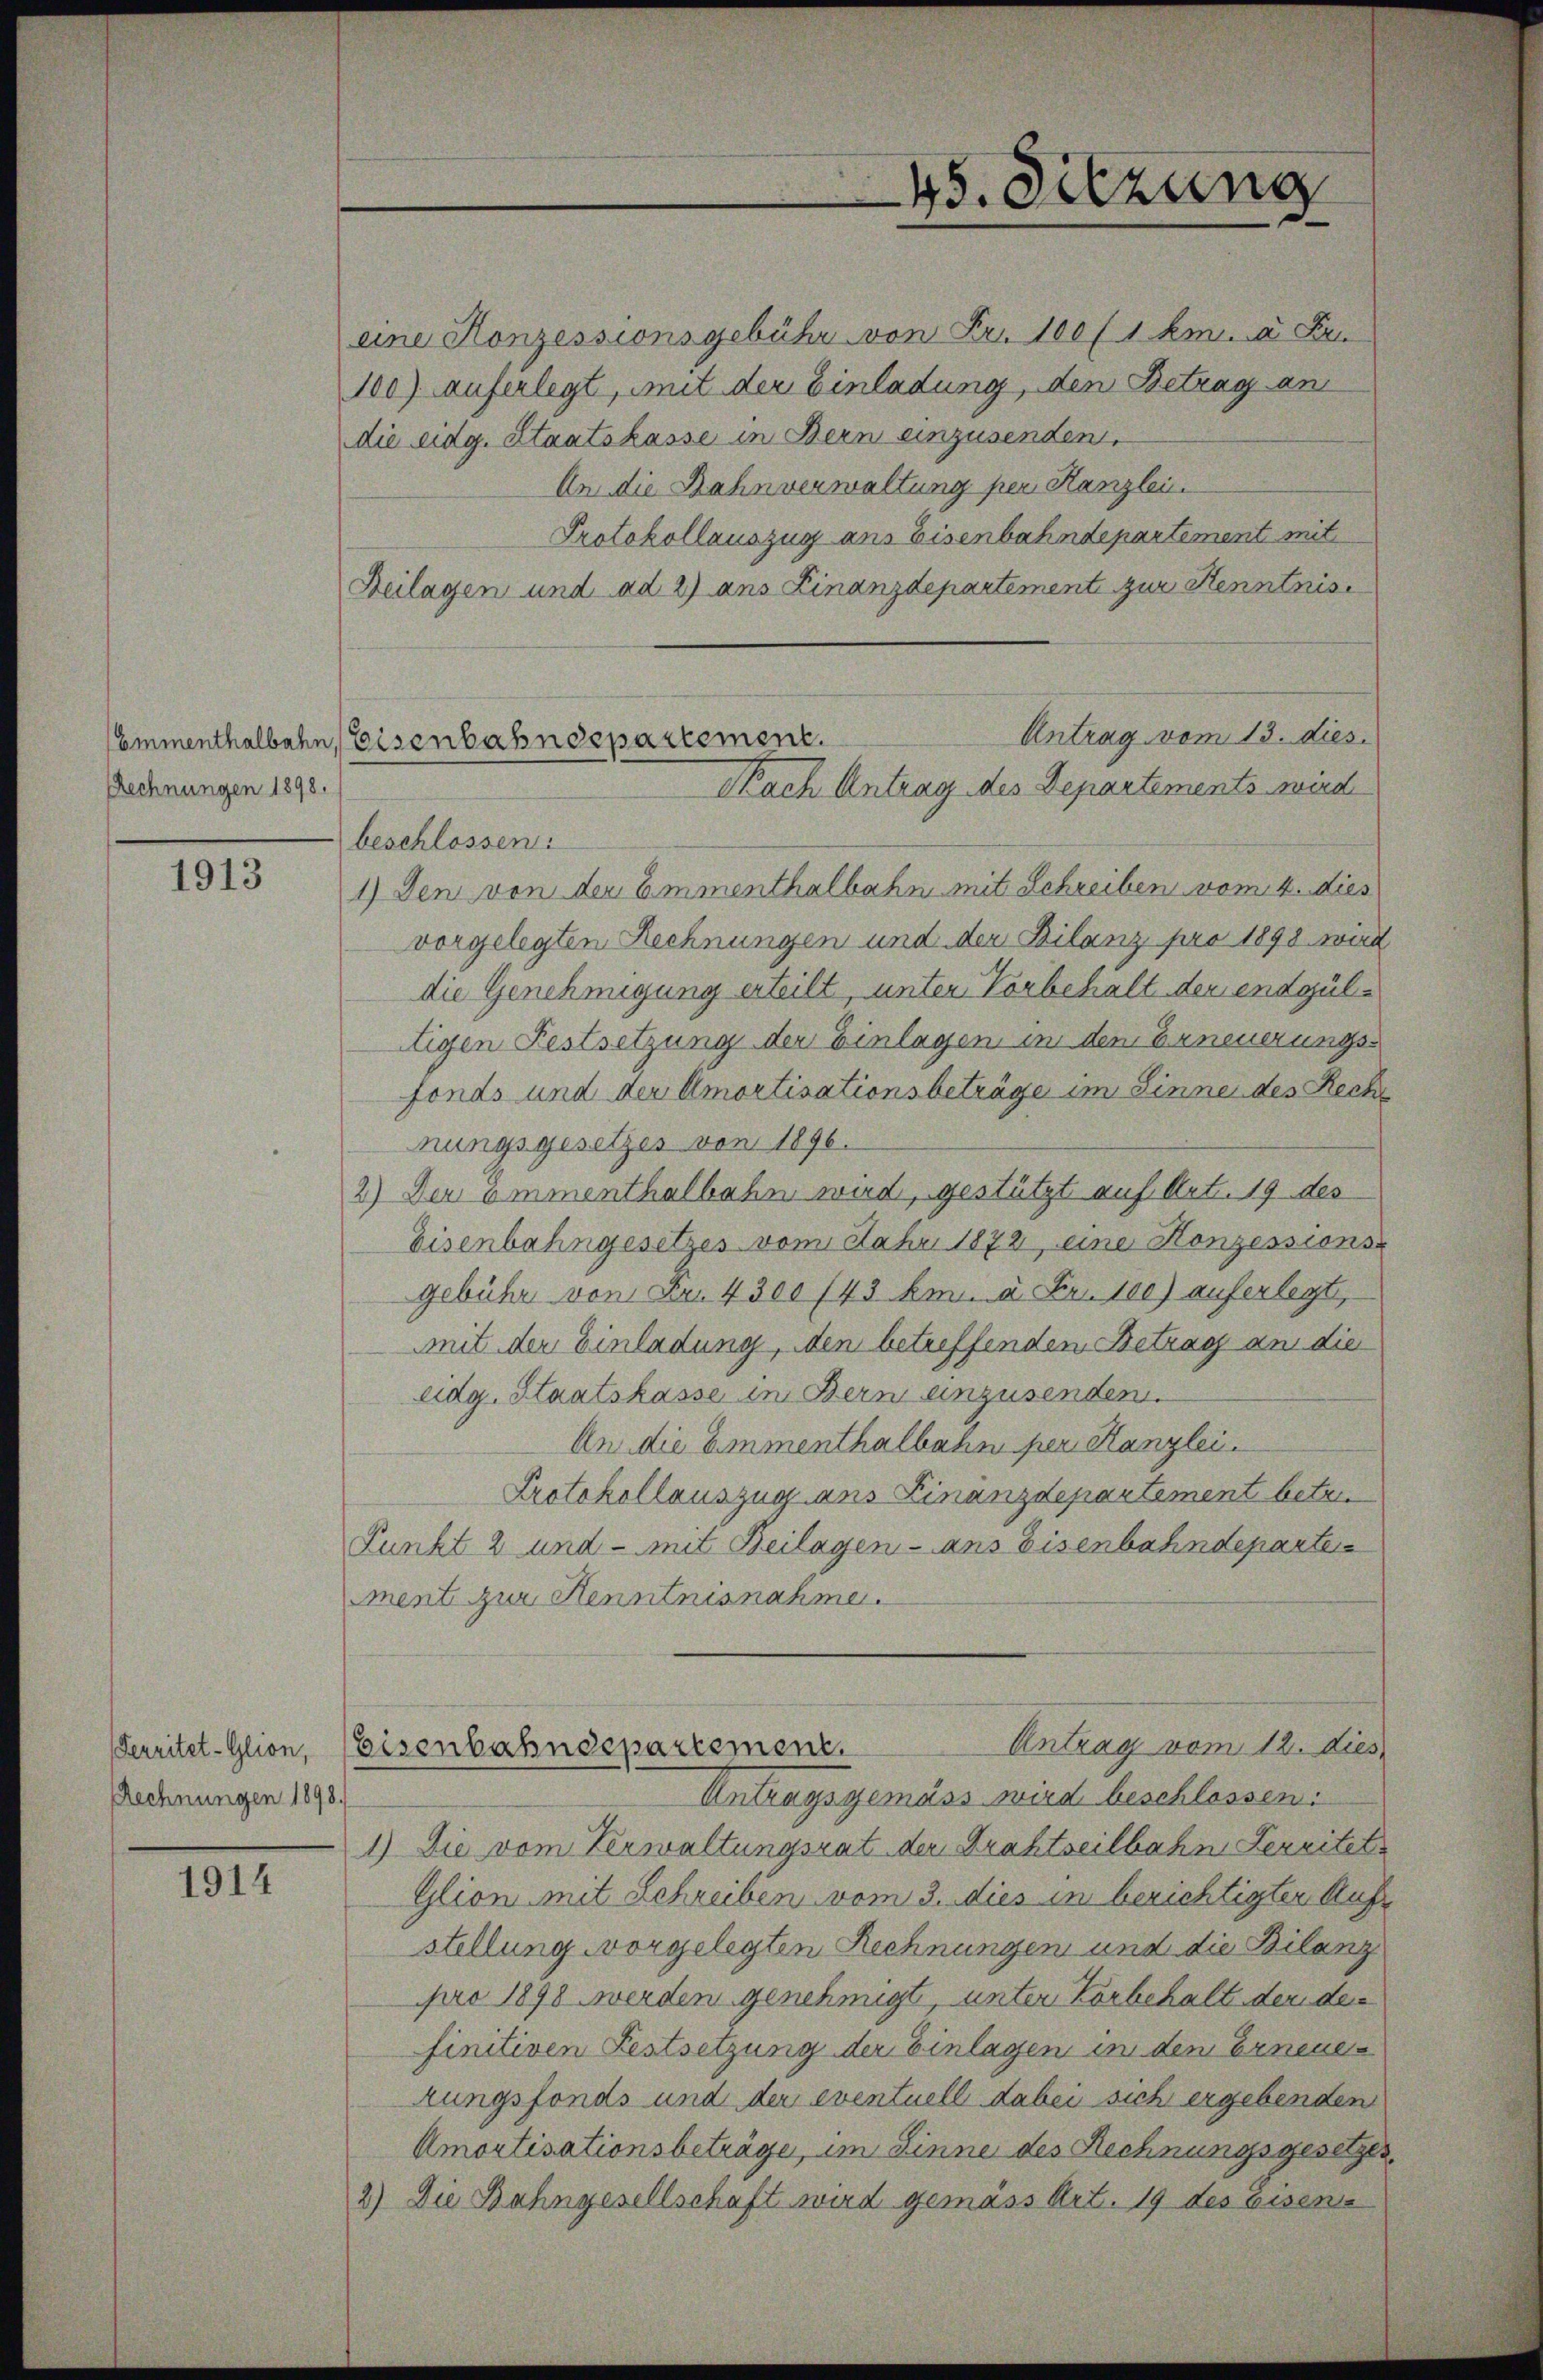
Emmenthalbahn
Rechnungen 1898.

1913

Rechnungen 1898.

1914

eine Konzessionsgebühr von Fr. 100 (1 km. à Fr.
100) Auferlegt, mit der Einladung, den Betrag an
die eidg. Staatskasse in Bern einzusenden,
An die Zahnverwaltung per Kanzlei
Protokollauszug ans Eisenbahndepartement mit
Beilagen und ad 2) ans Finanzdepartement zur Kenntnis
Antrag vom 13. dies
beschlossen:
1) Den von der Emmenthalbahn mit Schreiben vom 4. dies
vorgelegten Rechnungen und der Bilanz pro 1898 wird
die Genehmigung erteilt, unter Vorbehalt der endgültigen Festsetzung der Einlagen in den Erneuerungsfonds und der Amortisationsbeträge im Sinne des Rech
nungsgesetzes von 1896.
2) Der ommenthalbahn wird, gestützt auf Art. 19 des
Eisenbahngesetzes vom Jahre 1872, eine Konzessions-
gebühr von Fr. 4300 (43 km. u. Fr. 100) auferlegt,
mit der Einladung, den betreffenden Betrag an die
eidg. Staatskasse in Bern einzusenden.
An die Emmenthalbahn per Kanzlei.
Protokollauszug aus Linanzdepartement betre
Punkt 2 und - mit Beilagen - ans Eisenbahndeparte
ment zur Kenntnisnahme.
Antrag vom 12. dies
Territet-Glion, Eisenbahndepartement.
Antragsgemäss wird beschlossen:
1) Die vom Verwaltungsrat der Drahtseilbahn Lereitet
Glion mit Schreiben vom 3. dies in berichtigter Aufstellung vorgelegten Rechnungen und die Bilanz
pro 1898 werden genehmigt, unter Korbehalt der den
finitiven Festsetzung der Einlagen in den Erneuerungsfonds und der eventuell dabei sich ergebenden
Amortisationsbeträge, im Zinne des Rechnungsgesetzen
2) Die Bahngesellschaft wird gemäss Art. 19 des Eisens

Eisenbahndepartement.
Nach Antrag des Departements wird

45. Setzung